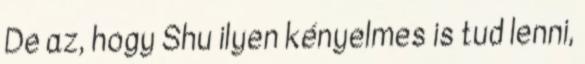
De az, hogy Shu ilyen kényelmes is tud lenni,